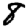
Digit: 8